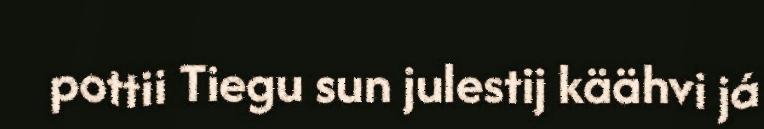
pottii Tiegu sun julestij käähvi já